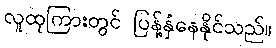
လူထုကြားတွင် ပြန့်နှံနေနိုင်သည်။